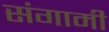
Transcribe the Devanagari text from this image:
संगामी